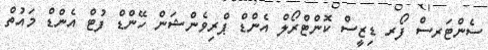
ސެންޓަރސް ފޯރ ޑިޒީސް ކޮންޓްރޯލް އެންޑް ޕްރިވެންޝަން ހޭންޑް ފުޓް އެންޑް މައުތް